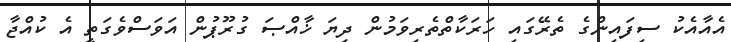
އެއާއެކު ސިފައިންގެ ތެރޭގައި ހަރަކާތްތެރިވަމުން ދިޔަ ޚާއްޞަ ގުރޫޕުން އަވަސްވެގަތީ އެ ކުއްޖާ